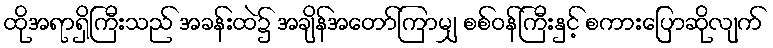
ထိုအရာရှိကြီးသည် အခန်းထဲ၌ အချိန်အတော်ကြာမျှ စစ်ဝန်ကြီးနှင့် စကားပြောဆိုလျက်